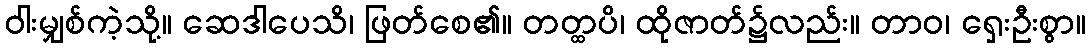
ဝါးမျှစ်ကဲ့သို့။ ဆေဒါပေသိ၊ ဖြတ်စေ၏။ တတ္ထပိ၊ ထိုဇာတ်၌လည်း။ တာဝ၊ ရှေးဦးစွာ။